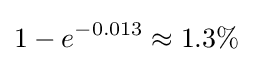
1-e^{-0.013}\approx 1.3\%